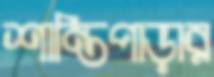
শান্তিপাড়ার